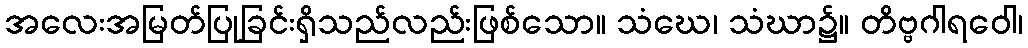
အလေးအမြတ်ပြုခြင်းရှိသည်လည်းဖြစ်သော။ သံဃေ၊ သံဃာ၌။ တိဗ္ဗဂါရဝေါ၊